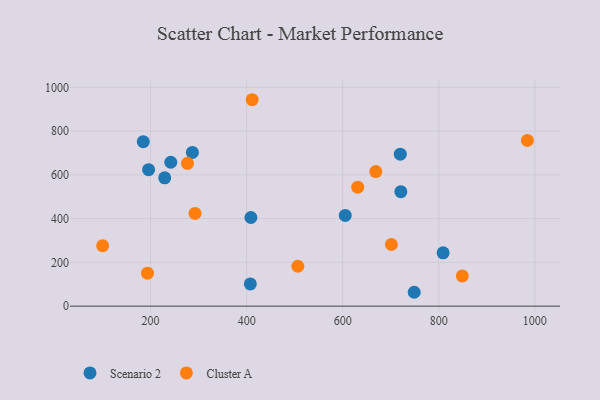
{"axis": {"x": "Engine Size", "y": "Yield"}, "legend": ["Cluster A", "Scenario 2"], "data": [{"x": "287.1", "y": 702.6, "type": "Scenario 2"}, {"x": "605.3", "y": 414.6, "type": "Scenario 2"}, {"x": "748.9", "y": 63.4, "type": "Scenario 2"}, {"x": "809.1", "y": 243.6, "type": "Scenario 2"}, {"x": "184.8", "y": 751.5, "type": "Scenario 2"}, {"x": "229.4", "y": 586.6, "type": "Scenario 2"}, {"x": "721.1", "y": 523.2, "type": "Scenario 2"}, {"x": "242.1", "y": 657.5, "type": "Scenario 2"}, {"x": "719.9", "y": 694.3, "type": "Scenario 2"}, {"x": "407.7", "y": 101.4, "type": "Scenario 2"}, {"x": "408.9", "y": 405.2, "type": "Scenario 2"}, {"x": "195.9", "y": 623.7, "type": "Scenario 2"}, {"x": "292.6", "y": 423.8, "type": "Cluster A"}, {"x": "668.9", "y": 614.9, "type": "Cluster A"}, {"x": "193.6", "y": 150.9, "type": "Cluster A"}, {"x": "506.6", "y": 182.3, "type": "Cluster A"}, {"x": "276.9", "y": 652.5, "type": "Cluster A"}, {"x": "984.5", "y": 757.3, "type": "Cluster A"}, {"x": "701.4", "y": 281.7, "type": "Cluster A"}, {"x": "411.5", "y": 943.3, "type": "Cluster A"}, {"x": "100.2", "y": 276.0, "type": "Cluster A"}, {"x": "631.3", "y": 543.8, "type": "Cluster A"}, {"x": "849.0", "y": 138.2, "type": "Cluster A"}]}